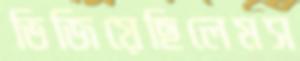
ভিজিয়েছিলেমস